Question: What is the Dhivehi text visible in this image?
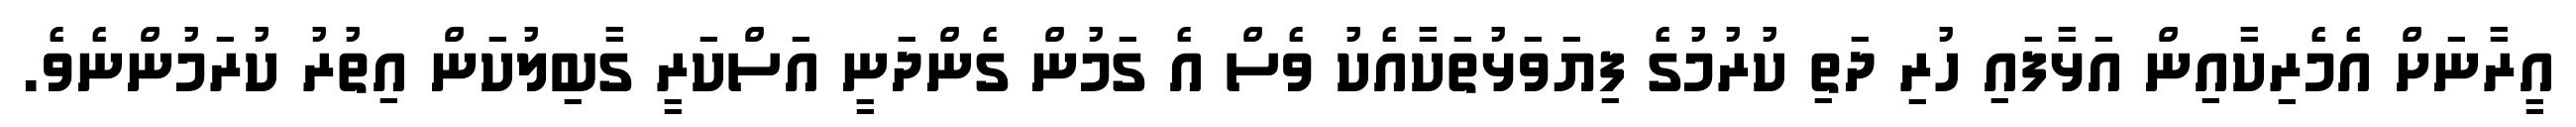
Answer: އީރާނަށް އެމެރިކާއިން އަޅާފައި ހުރި ދަތި ކުރުމުގެ ފިޔަވަޅުތަކާއެކު ވެސް އެ ގަމުން ގެންދަނީ އަސްކަރީ ގާބިލުކަން އިތުރު ކުރަމުންނެވެ.